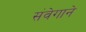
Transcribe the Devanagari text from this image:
संवेगाने